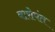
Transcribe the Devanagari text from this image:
वारोपंत